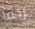
ربما